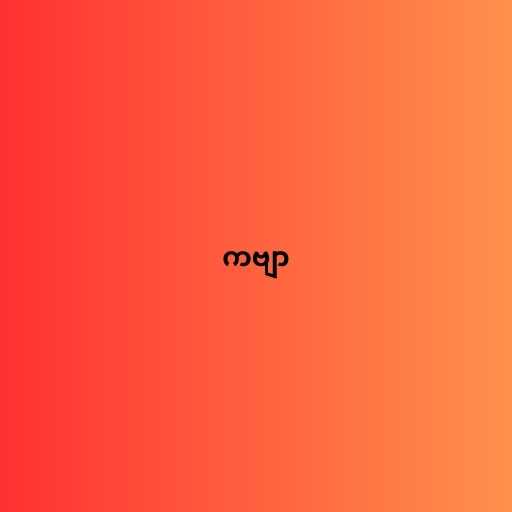
ကဗျာ